Civil Veterinary Department. Central Provinces & Berar 1932-41 - 1932-1941
Year: 1932
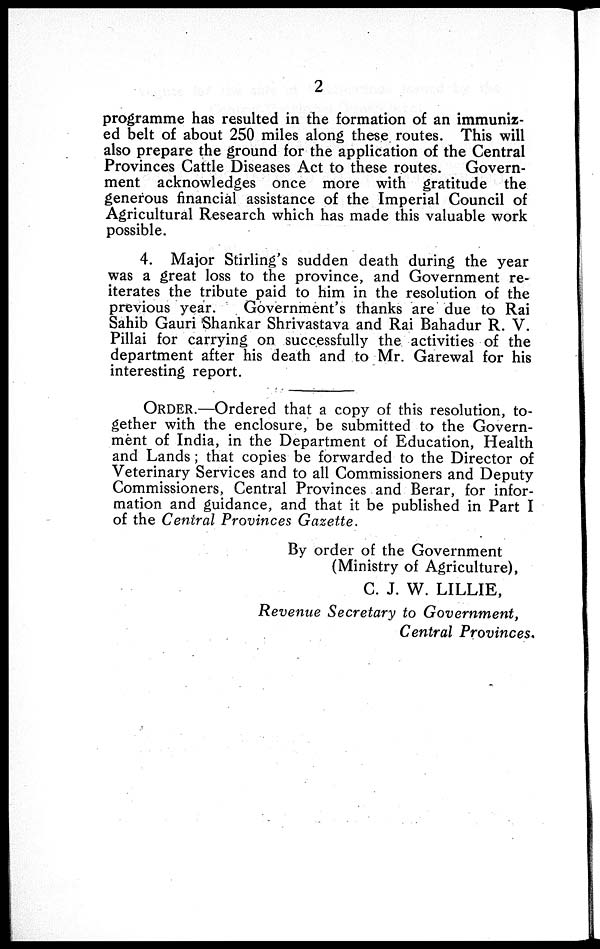
2
programme has resulted in the formation of an immuniz-
ed belt of about 250 miles along these routes. This will
also prepare the ground for the application of the Central
Provinces Cattle Diseases Act to these routes. Govern-
ment acknowledges once more with gratitude the
generous financial assistance of the Imperial Council of
Agricultural Research which has made this valuable work
possible.
4. Major Stirling's sudden death during the year
was a great loss to the province, and Government re-
iterates the tribute paid to him in the resolution of the
previous year.
Government's thanks are due to Rai
Sahib Gauri Shankar Shrivastava and Rai Bahadur R. V.
Pillai for carrying on successfully the activities of the
department after his death and to Mr. Garewal for his
interesting report.
ORDER.—Ordered that a copy of this resolution, to-
gether with the enclosure, be submitted to the Govern-
ment of India, in the Department of Education, Health
and Lands; that copies be forwarded to the Director of
Veterinary Services and to all Commissioners and Deputy
Commissioners, Central Provinces and Berar, for infor-
mation and guidance, and that it be published in Part I
of the Central Provinces Gazette.
By order of the Government
(Ministry of Agriculture),
C. J. W. LILLIE,
Revenue Secretary to Government,
Central Provinces.